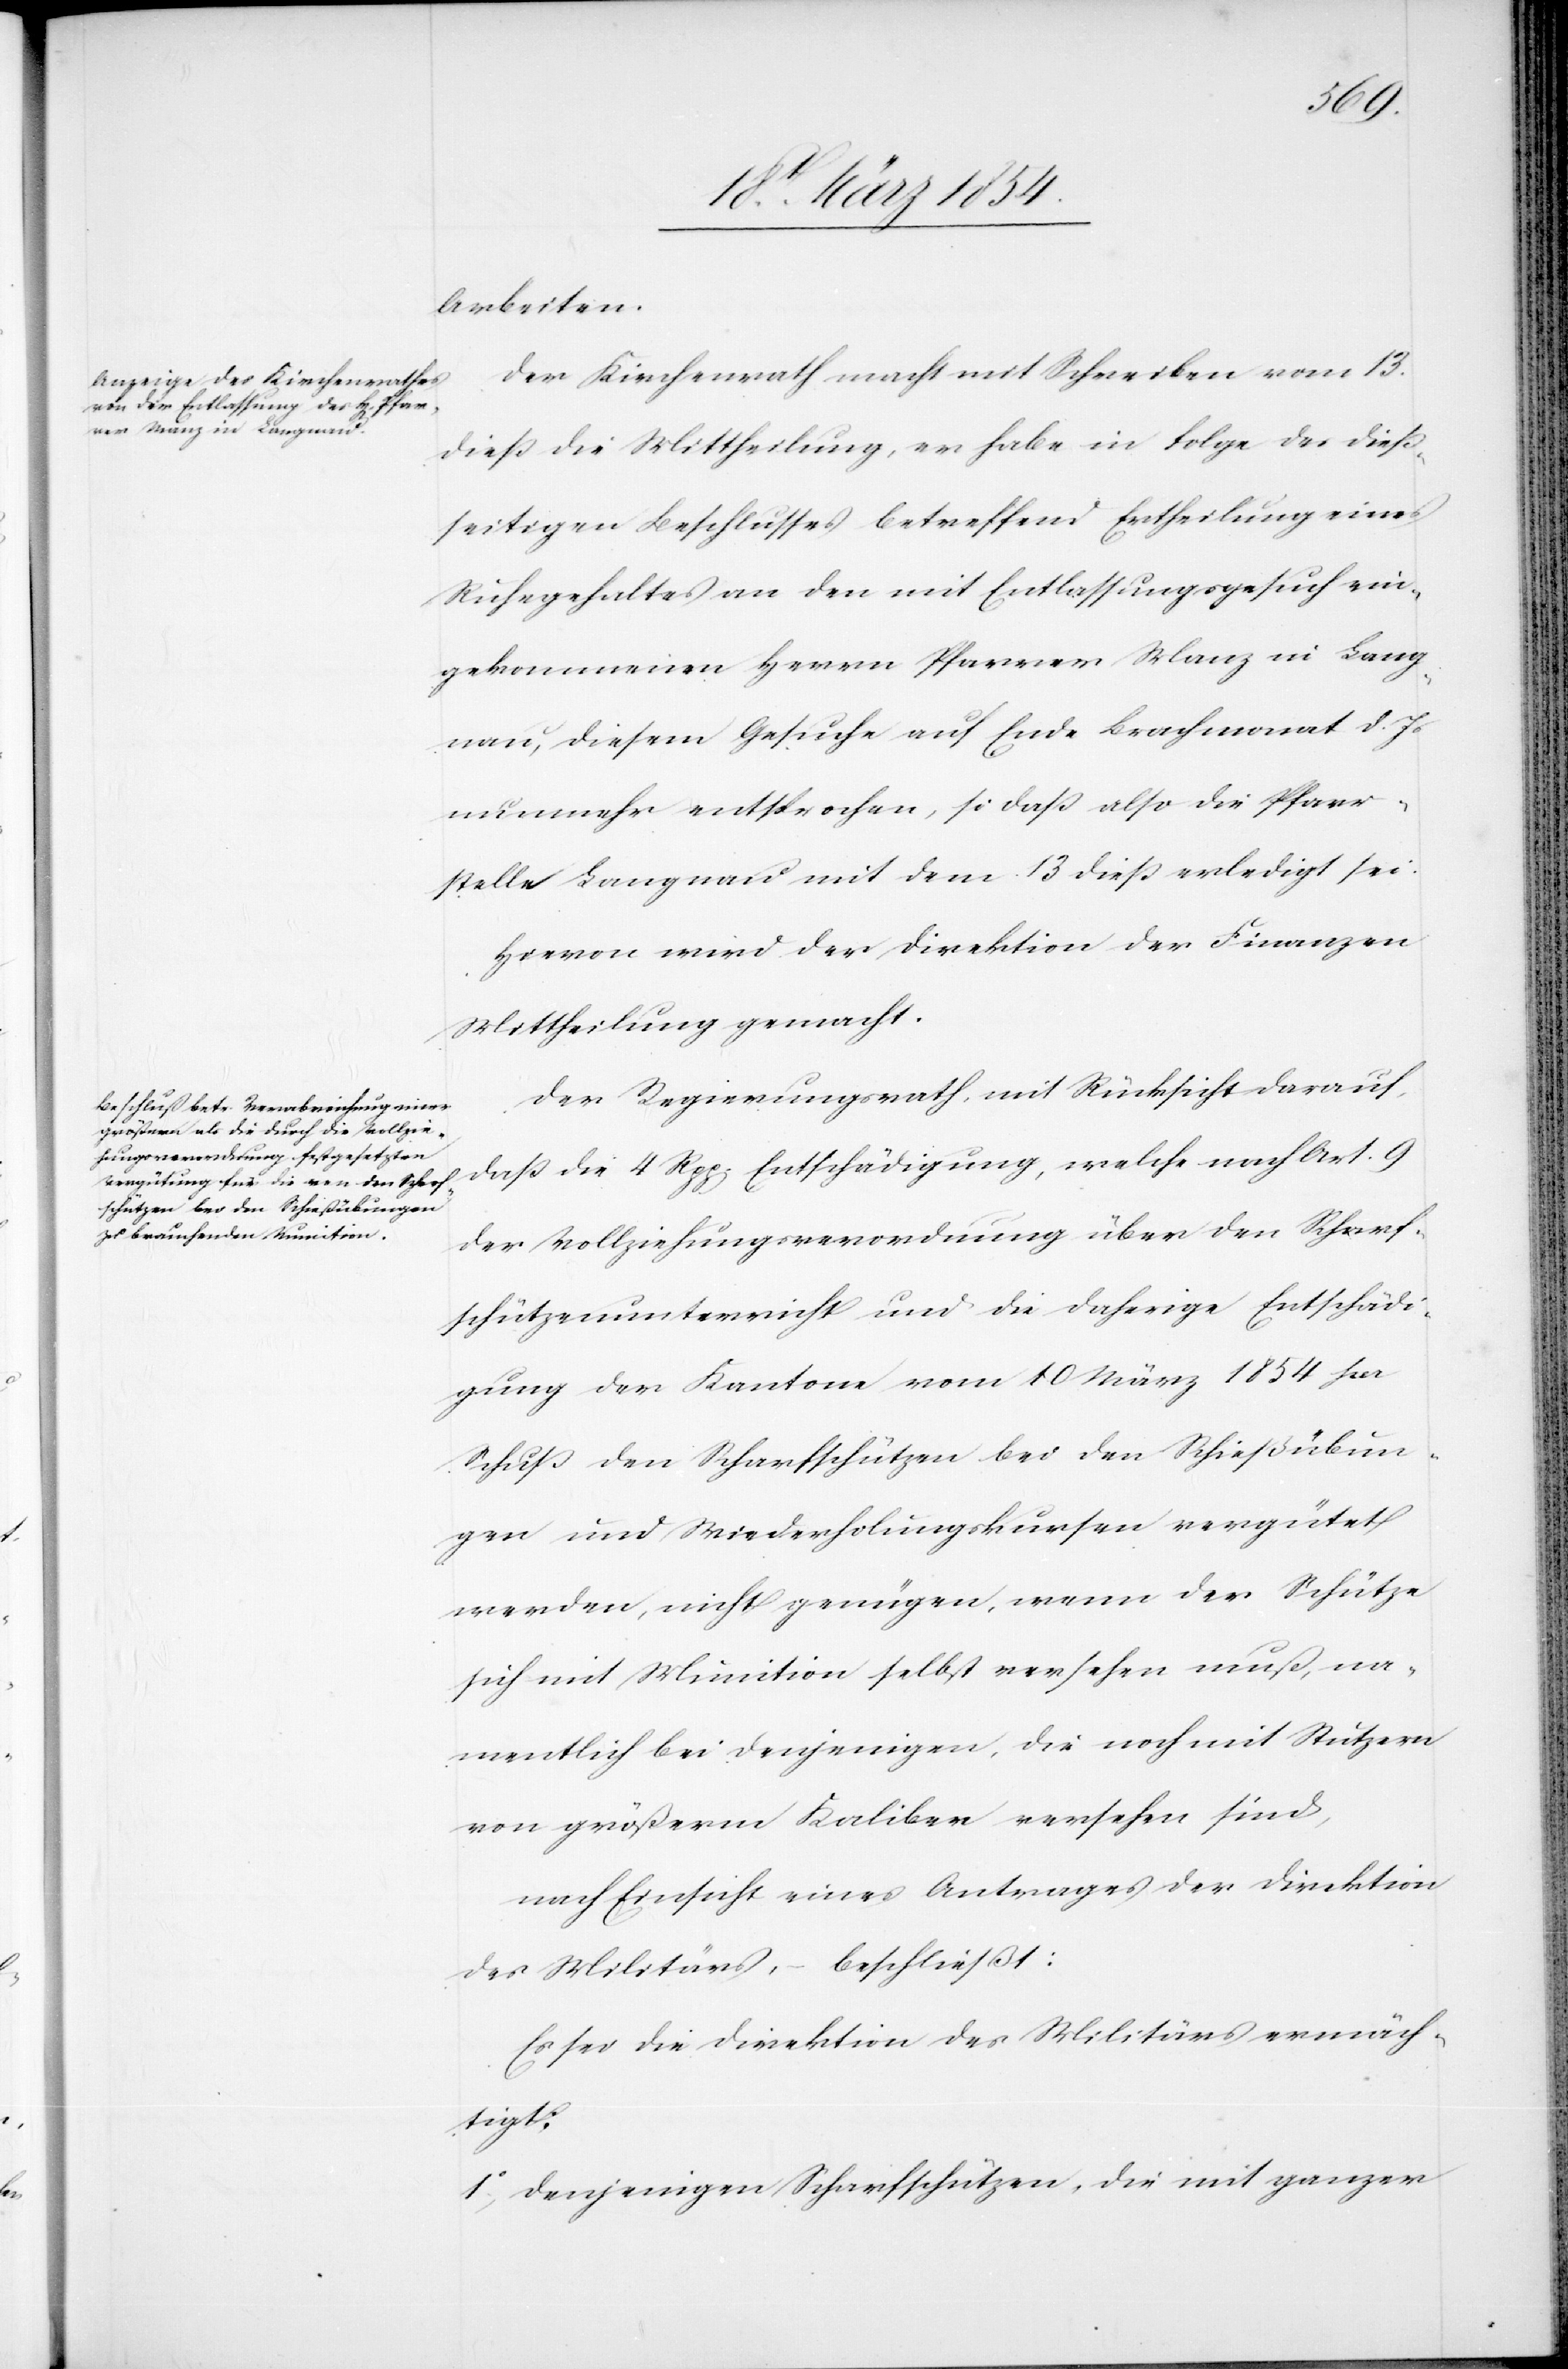
Arbeiten.
Der Kirchenrath macht mit Schreiben vom 13.
dieß die Mittheilung, er habe in Folge des dieß¬
seitigen Beschlusses betreffend Ertheilung eines
Ruhegehaltes an den mit Entlassungsgesuch ein¬
gekommenen Herrn Pfarrer Manz in Lang¬
nau, diesem Gesuche auf Ende Brachmonat d. Js
nunmehr entsprochen, so daß also die Pfarr¬
stelle Langnau mit dem 13 dieß erledigt sei.
Hievon wird der Direktion der Finanzen
Mittheilung gemacht.
Der Regierungsrath, mit Rücksicht darauf,
daß die 4 Rpp[en] Entschädigung, welche nach Art. 9
der Vollziehungsordnung über den Scharf¬
schützenunterricht und die daherige Entschädi¬
gung der Kantone vom 10 März 1854 per
Schuß den Scharfschützen bei den Schießübun¬
gen und Wiederholungskursen vergütet
werden, nicht genügen, wenn der Schütze
sich mit Munition selbst versehen muß, na¬
mentlich bei denjenigen, die noch mit Stützern
von größerm Kaliber versehen sind,
nach Einsicht eines Antrages der Direktion
des Militärs, - beschließt:
Es sei die Direktion des Militärs ermäch¬
tigt:
1o Denjenigen Scharfschützen, die mit ganzer